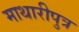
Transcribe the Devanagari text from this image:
माथारीपुत्र